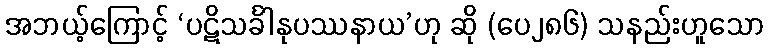
အဘယ့်ကြောင့် ‘ပဋိသင်္ခါနုပဿနာယ’ဟု ဆို (ပေ၂၈၆) သနည်းဟူသော